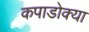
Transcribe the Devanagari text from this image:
कपाडोक्या